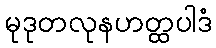
မုဒုတလုနဟတ္ထပါဒံ